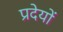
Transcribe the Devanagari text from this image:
प्रदेयों